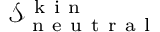
\mathcal { S } _ { \mathrm { ~ n ~ e ~ u ~ t ~ r ~ a ~ l ~ } } ^ { \mathrm { ~ k ~ i ~ n ~ } }